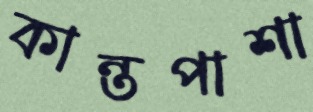
কান্তপাশা